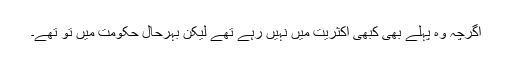
اگرچہ وہ پہلے بھی کبھی اکثریت میں نہیں رہے تھے لیکن بہرحال حکومت میں تو تھے۔